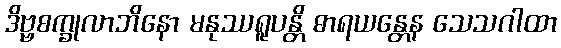
ဒိဗ္ဗစက္ခုလာဘိနော မနုဿရူပန္တိ ဓာရယန္တေန သေသဂါထာ